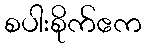
စပါးစိုက်ဧက